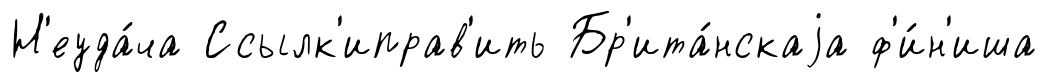
Н'еуда́ча Ссылк'иправ'ить Бр'ита́нскаjа ф'и́н'иша